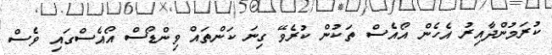
ކުރަމުންދާއިރު އެހެން އޯއެސް ތަކުން ކުރެވޭ ގިނަ ކަންތައް ވިންޑޯސް އޯއެސްގައި ވެސް